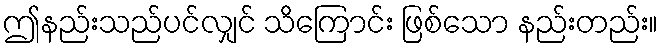
ဤနည်းသည်ပင်လျှင် သိကြောင်း ဖြစ်သော နည်းတည်း။